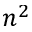
n ^ { 2 }